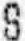
S